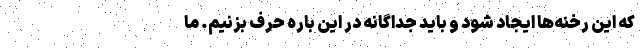
كه اين رخنه‌ها ايجاد شود و بايد جداگانه در اين باره حرف بزنيم. ما